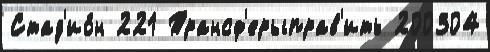
Стад'ио́н 221 Трансф'ерыправ'ить 200304